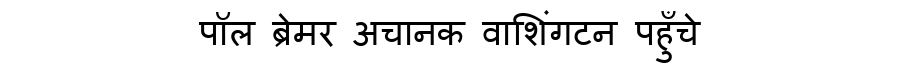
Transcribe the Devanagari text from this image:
पॉल ब्रेमर अचानक वाशिंगटन पहुँचे